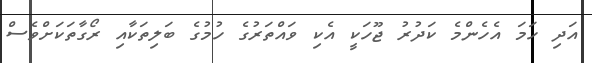
އަދި ހަމަ އެހެންމެ ކަދުރު ޖޫހަކީ އެކި ވައްތަރުގެ ހުމުގެ ބަލިތަކާއި ރޯގާތަކަށްވެސް